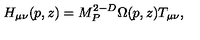
H _ { \mu \nu } ( p , z ) = M _ { P } ^ { 2 - D } \Omega ( p , z ) T _ { \mu \nu } ,